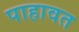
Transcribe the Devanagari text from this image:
पाहावत